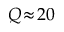
Q \! \approx \! 2 0